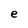
Character: e